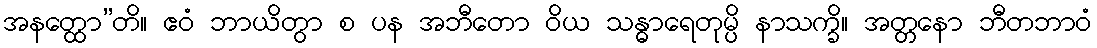
အနတ္ထော”တိ။ ဧဝံ ဘာယိတွာ စ ပန အဘီတော ဝိယ သန္ဓာရေတုမ္ပိ နာသက္ခိ။ အတ္တနော ဘီတဘာဝံ